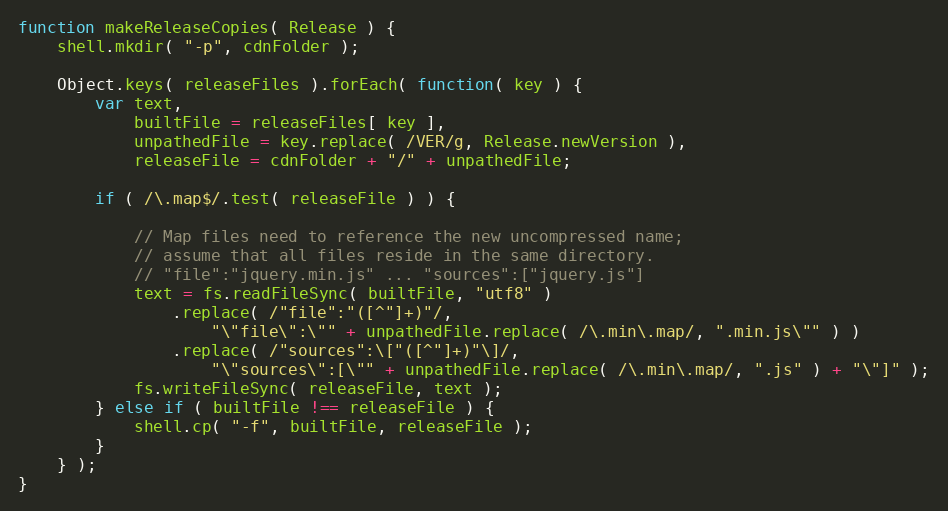
Language: JavaScript
function makeReleaseCopies( Release ) {
	shell.mkdir( "-p", cdnFolder );

	Object.keys( releaseFiles ).forEach( function( key ) {
		var text,
			builtFile = releaseFiles[ key ],
			unpathedFile = key.replace( /VER/g, Release.newVersion ),
			releaseFile = cdnFolder + "/" + unpathedFile;

		if ( /\.map$/.test( releaseFile ) ) {

			// Map files need to reference the new uncompressed name;
			// assume that all files reside in the same directory.
			// "file":"jquery.min.js" ... "sources":["jquery.js"]
			text = fs.readFileSync( builtFile, "utf8" )
				.replace( /"file":"([^"]+)"/,
					"\"file\":\"" + unpathedFile.replace( /\.min\.map/, ".min.js\"" ) )
				.replace( /"sources":\["([^"]+)"\]/,
					"\"sources\":[\"" + unpathedFile.replace( /\.min\.map/, ".js" ) + "\"]" );
			fs.writeFileSync( releaseFile, text );
		} else if ( builtFile !== releaseFile ) {
			shell.cp( "-f", builtFile, releaseFile );
		}
	} );
}